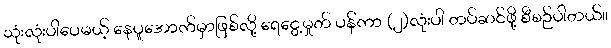
သုံးလုံးပါပေမယ့် နေပူအောက်မှာဖြစ်လို့ ရေငွေ့မှုတ် ပန်ကာ (၂)လုံးပါ တပ်ဆင်ဖို့ စီစဉ်ပါတယ်။